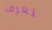
تعرف